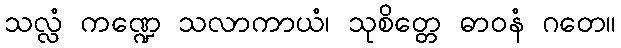
သလ္လံ ကဏ္ဍေ သလာကာယံ၊ သုစိတ္တေ ဓာဝနံ ဂတေ။